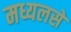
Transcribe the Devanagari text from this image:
मध्यलसे